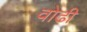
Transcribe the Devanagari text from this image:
वोढी